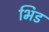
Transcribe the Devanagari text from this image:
भिड